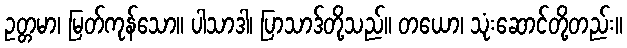
ဥတ္တမာ၊ မြတ်ကုန်သော။ ပါသာဒါ၊ ပြာသာဒ်တို့သည်။ တယော၊ သုံးဆောင်တို့တည်း။